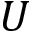
U